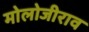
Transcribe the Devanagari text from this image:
मोलोजीराव